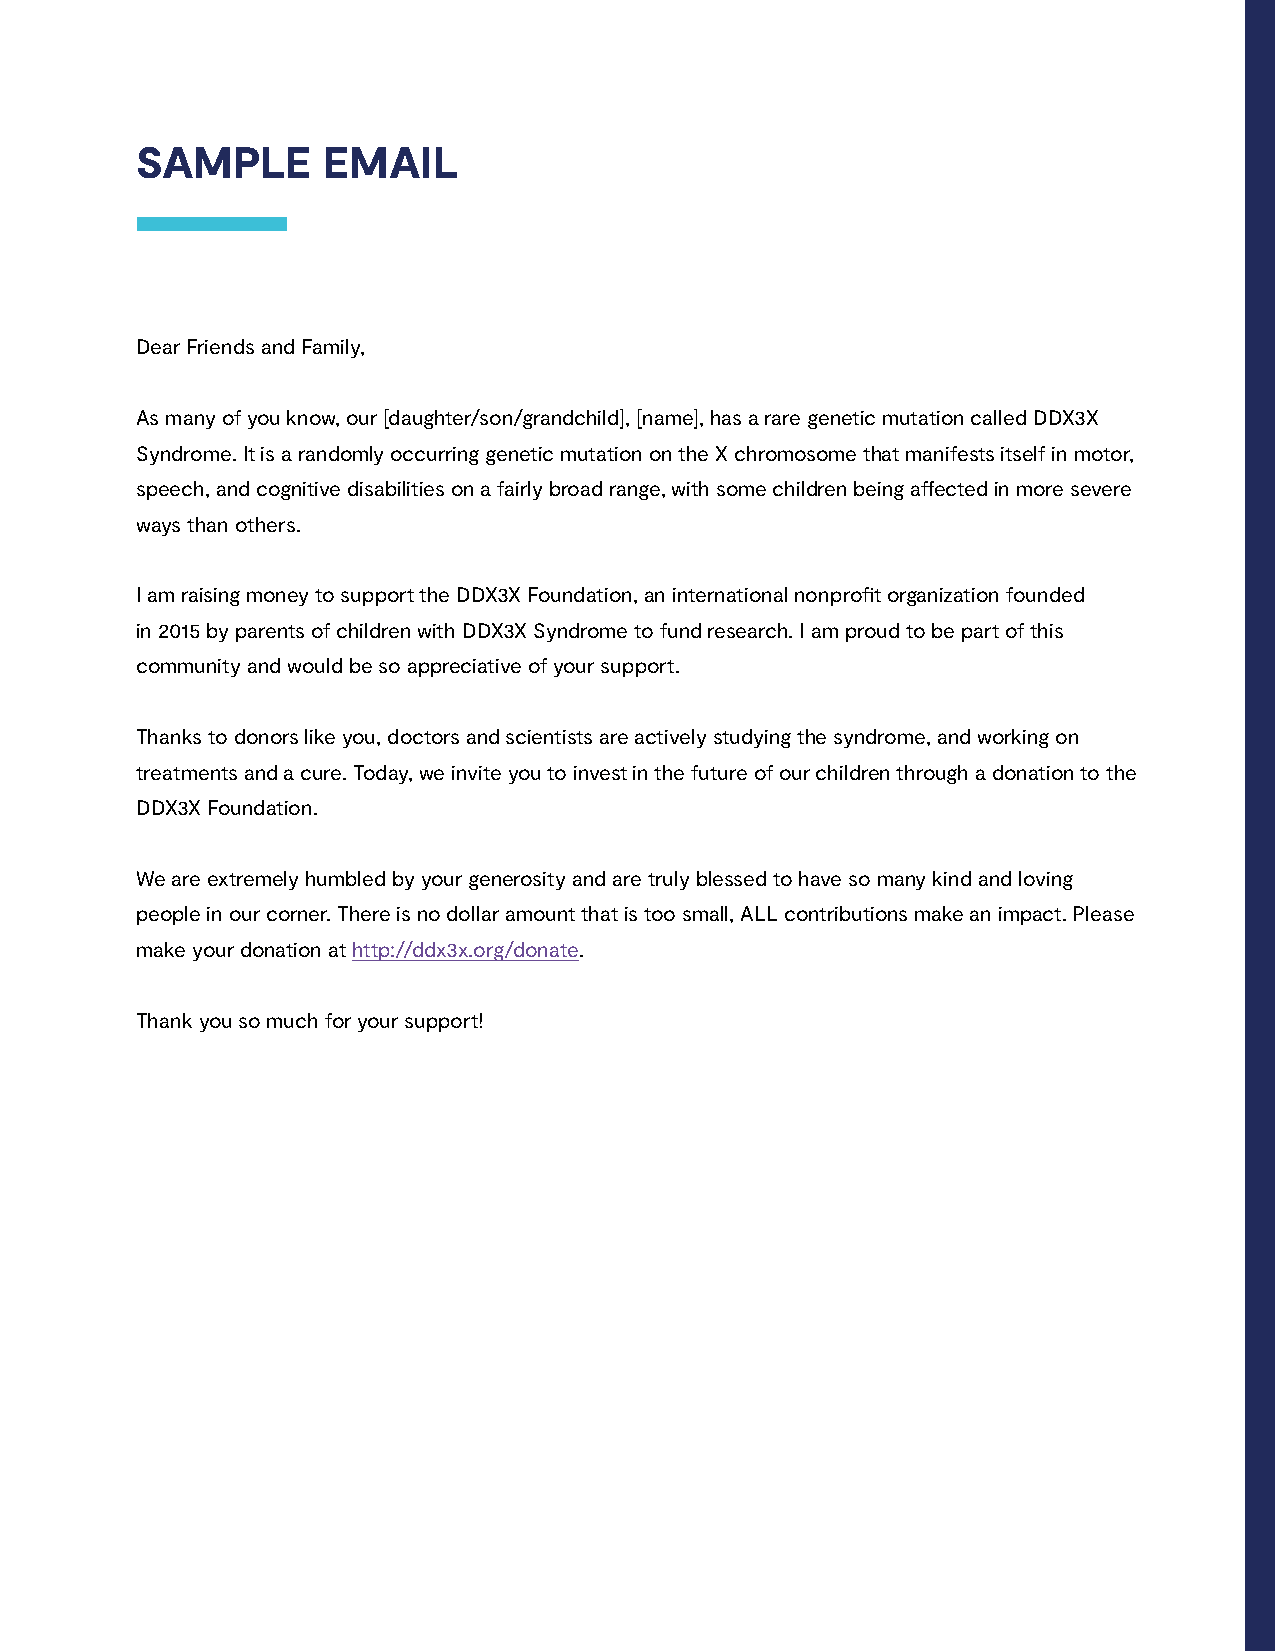
SAMPLE      EMAIL
 Dear Friends and Family,
 As many of you know, our [daughter/son/grandchild], [name], has a rare genetic mutation called DDX3X
 Syndrome. It is a randomly occurring genetic mutation on the X chromosome that manifests itself in motor,
 speech, and cognitive disabilities on a fairly broad range, with some children being affected in more severe
 ways than others.
 I am raising money to support the DDX3X Foundation, an international nonprofit organization founded
 in 2015 by parents of children with DDX3X Syndrome to fund research. I am proud to be part of this
 community and would be so appreciative of your support.
 Thanks to donors like you, doctors and scientists are actively studying the syndrome, and working on
 treatments and a cure. Today, we invite you to invest in the future of our children through a donation to the
 DDX3X Foundation.
 We are extremely humbled by your generosity and are truly blessed to have so many kind and loving
 people in our corner. There is no dollar amount that is too small, ALL contributions make an impact. Please
 make your donation at http://ddx3x.org/donate.
 Thank you so much for your support!